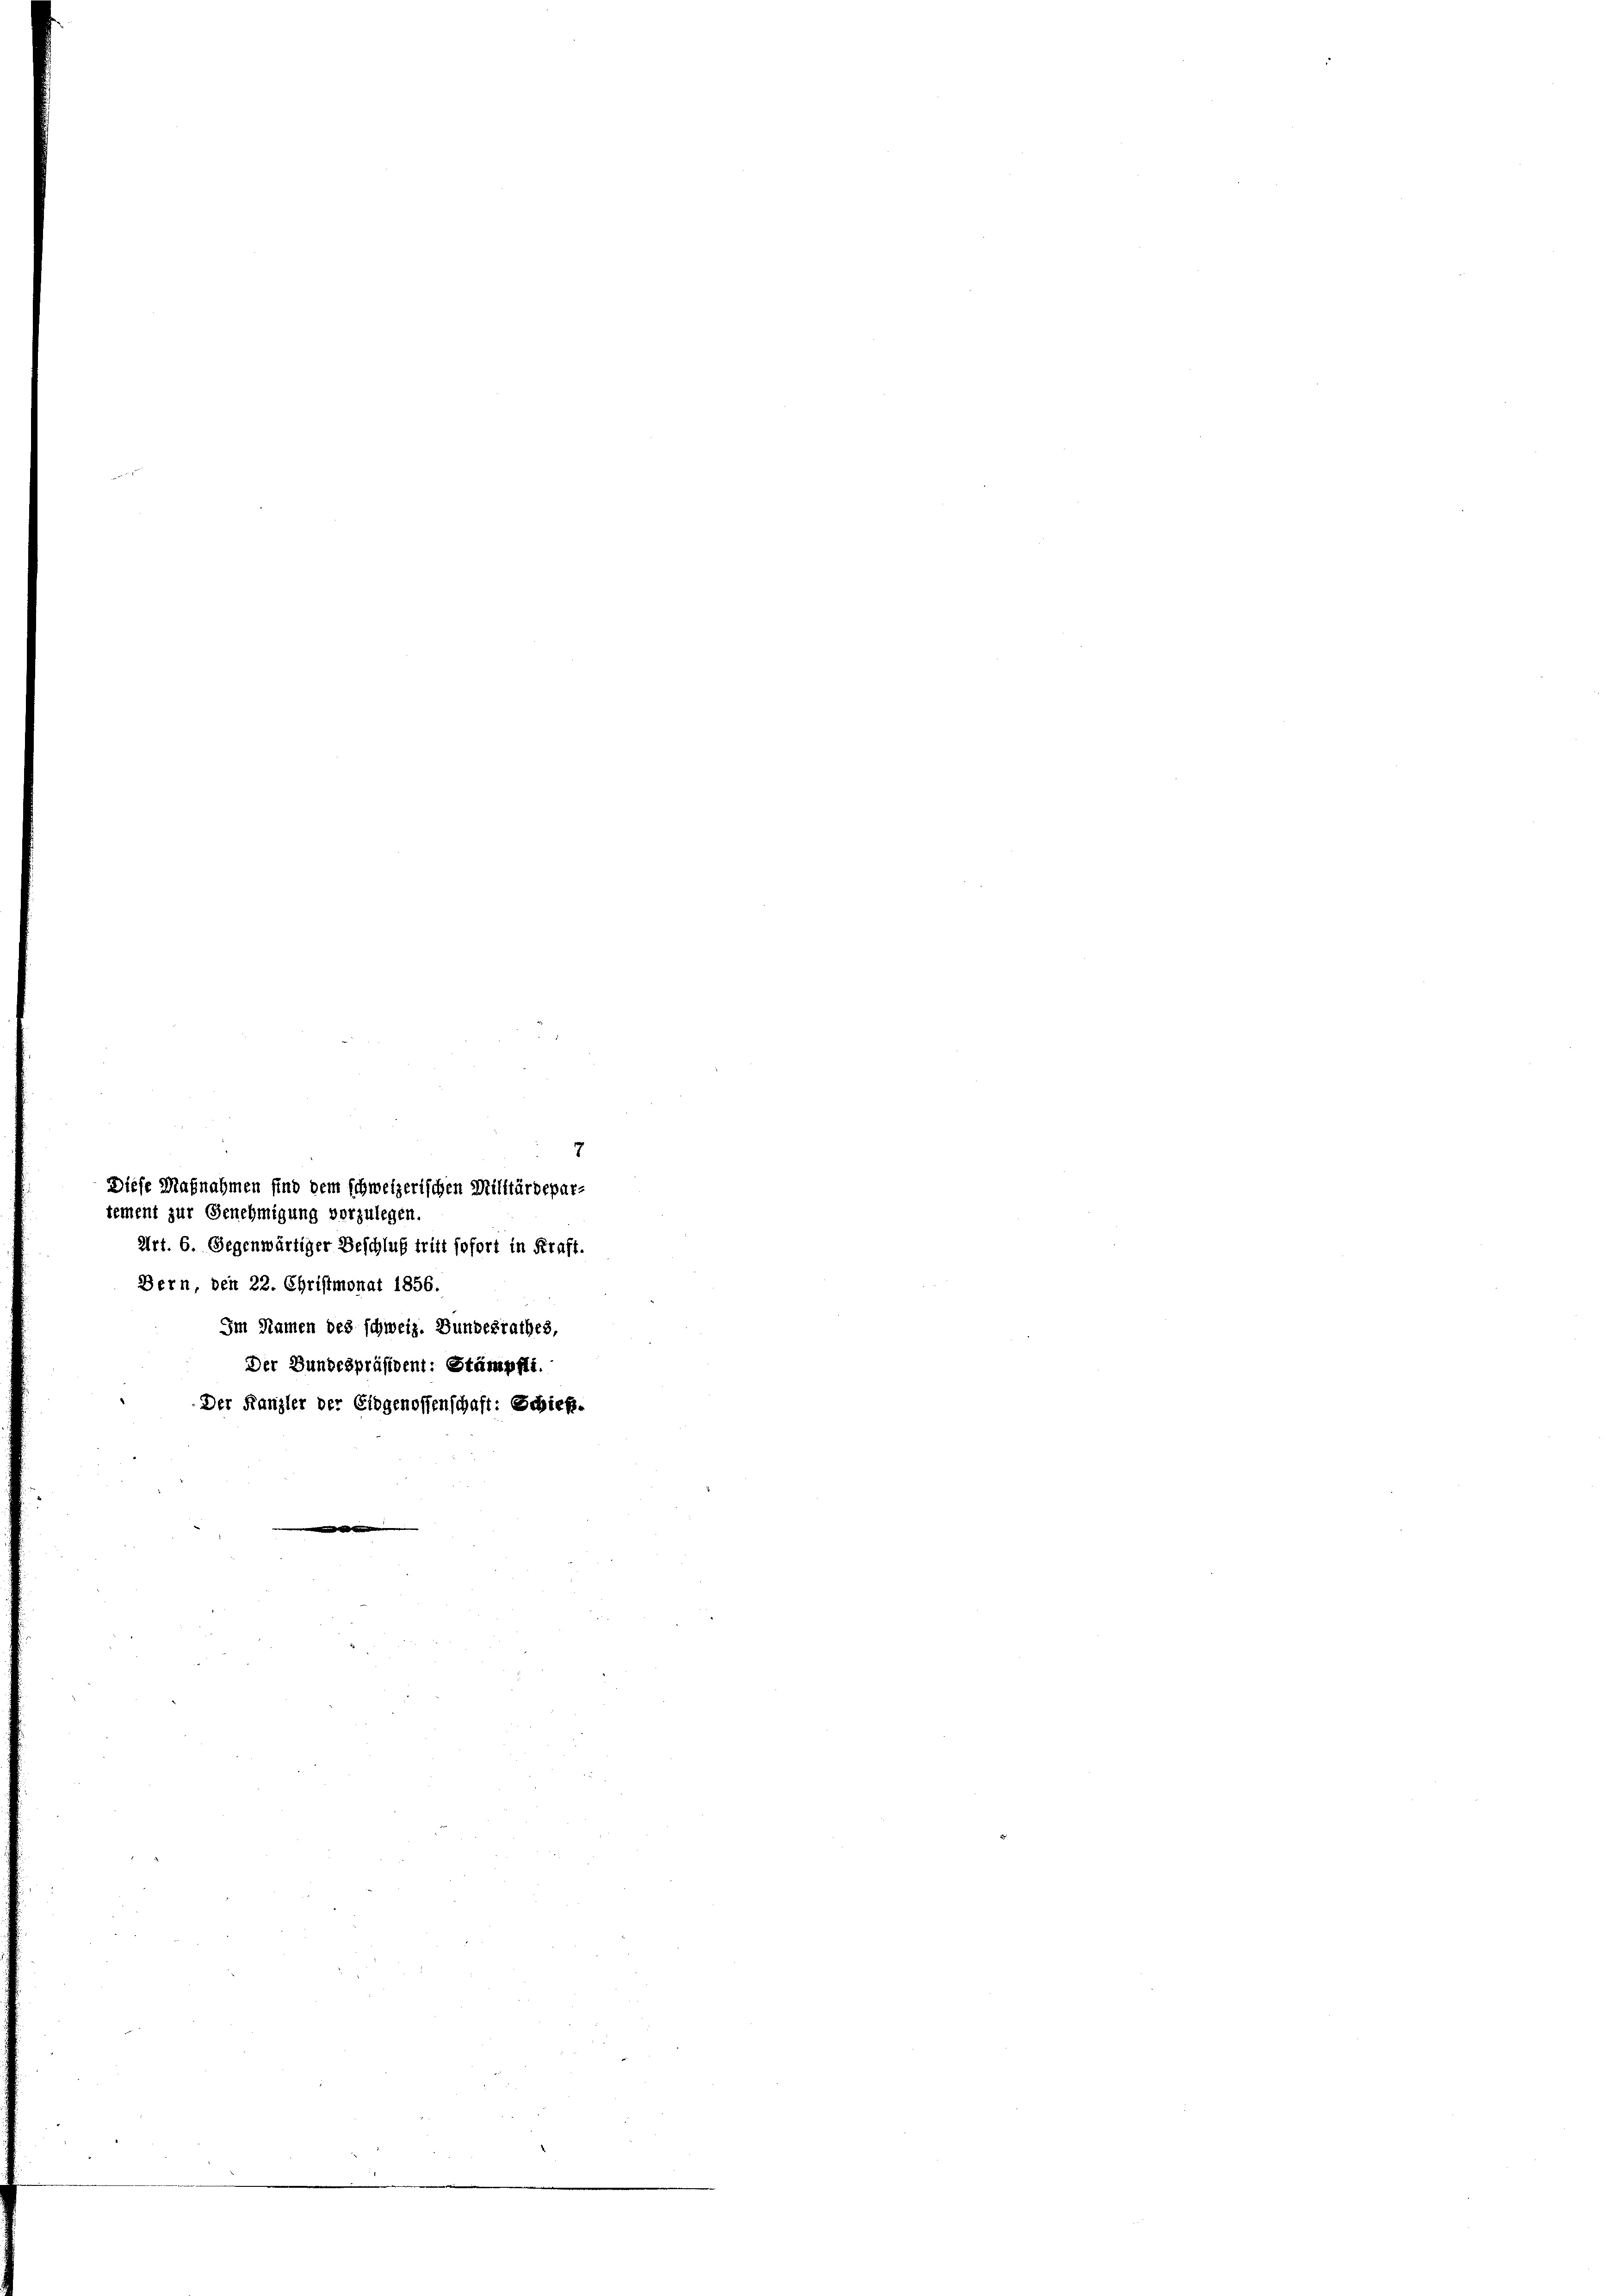
Diese Maßnahmen sind dem schweizerischen Militärdepar-
tement zur Genehmigung vorzulegen.
Art. 6. Gegenwärtiger Beschluß tritt sofort in Kraft.

7
Bern, den 22. Christmonat 1856.
Im Namen des schweiz. Bundesrathes,
Der Bundespräsident: Stämpfli.
Der Kanzler der Eidgenossenschaft: Schieß¬